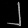
Digit: ၂